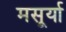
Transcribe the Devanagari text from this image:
मसूर्या